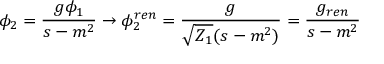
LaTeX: \phi _ { 2 } = \frac { g \phi _ { 1 } } { s - m ^ { 2 } } \to \phi _ { 2 } ^ { r e n } = \frac { g } { \sqrt { Z _ { 1 } } ( s - m ^ { 2 } ) } = \frac { g _ { r e n } } { s - m ^ { 2 } }